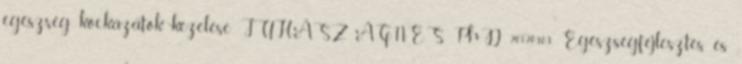
egészség kockázatok kezelése JUHÁSZ ÁGNES PhD 2012.03.03. Egészségfejlesztés és